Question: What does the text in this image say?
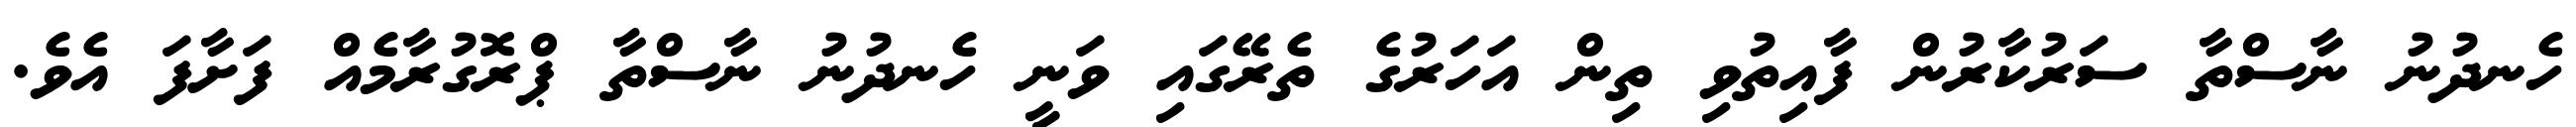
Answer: ހެނދުނު ނާސްތާ ސަރުކާރުން ފާއިތުވި ތިން އަހަރުގެ ތެރޭގައި ވަނީ ހެނދުނު ނާސްތާ ޕްރޮގުރާމެއް ފަށާފަ އެވެ.